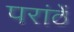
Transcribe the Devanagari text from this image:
परांठें